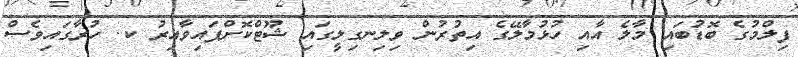
ފިލްމުގެ ބޮޑުބައި މާލެ އާއި ހުޅުމާލޭގެ އިތުރުން ވިލިނގިލީގައި ޝޫޓްކޮށްފައިވާއިރު ކ. ހުރާގައިވެސް